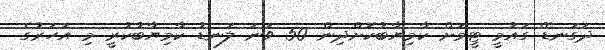
ދަގަނޑޭ ގައުމީ ޓީމަށް ކާމިޔާބުކޮށްދިން 50 ވަނަ ލަނޑު ކާމިޔާބުކުރީ މި އަހަރުގެ